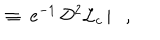
LaTeX: { } ~ \equiv ~ \mathrm { e } ^ { - 1 } \, { \cal D } ^ { 2 } { \cal L } _ { c } \, | , { ~ ~ }